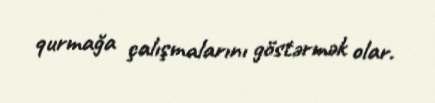
qurmağa çalışmalarını göstərmək olar.